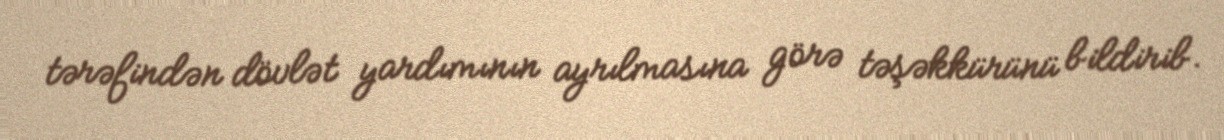
tərəfindən dövlət yardımının ayrılmasına görə təşəkkürünü bildirib.